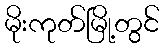
မိုးကုတ်မြို့တွင်